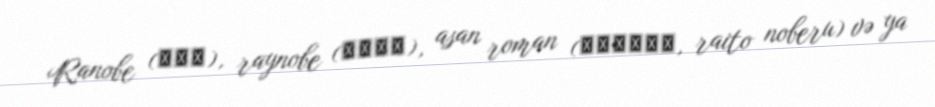
Ranobe (ラノベ), raynobe (ライノベ), asan roman (ライトノベル, raito noberu) və ya